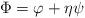
LaTeX: \begin{align*}\Phi = \varphi + \eta\psi\end{align*}